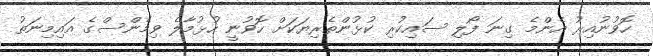
ހޮވުނުއިރު އެންމެ ގިނަ ފޯލި ސައިކުރި ކުޅުންތެރިޔަކަށް ހޮވުނީ ހުޅުމާލެ ވިމެންސްގެ އައިމިނަތު